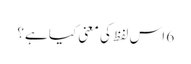
6 اس لفظ کی معنی کیا ہے؟